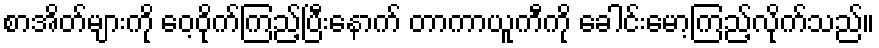
စာအိတ်များကို ဝေ့ဝိုက်ကြည့်ပြီးနောက် တာကာယူကီကို ခေါင်းမော့ကြည့်လိုက်သည်။